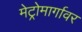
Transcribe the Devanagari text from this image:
मेट्रोमार्गावर